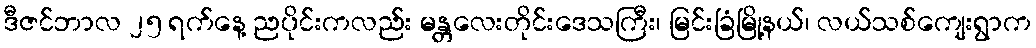
ဒီဇင်ဘာလ ၂၅ ရက်နေ့ ညပိုင်းကလည်း မန္တလေးတိုင်းဒေသကြီး၊ မြင်းခြံမြို့နယ်၊ လယ်သစ်ကျေးရွာက